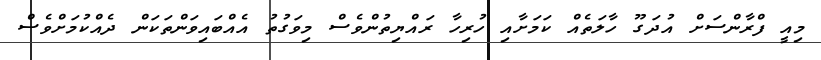
މިއީ ފްރާންސަށް އުދަގޫ ހާލަތެއް ކަމަށާއި ހުރިހާ ރައްޔިތުންވެސް މިވަގުތު އެއްބައިވަންތަކަން ދެއްކުމަށްވެސް